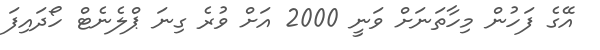
އޭގެ ފަހުން މިހާތަނަށް ވަނީ 2000 އަށް ވުރެ ގިނަ ޕްލެނެޓް ހޯދައިފަ